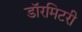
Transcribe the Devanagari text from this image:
डॉरमिटरी